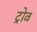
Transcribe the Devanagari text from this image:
ट्रोव